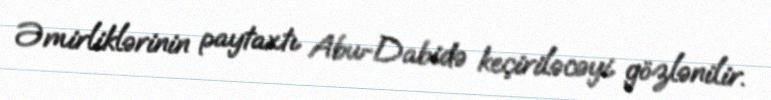
Əmirliklərinin paytaxtı Abu-Dabidə keçiriləcəyi gözlənilir.